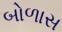
બોળાસ